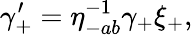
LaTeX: \gamma_{+}^{\prime}=\eta_{-ab}^{-1}\gamma_{+}\xi_{+},